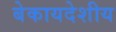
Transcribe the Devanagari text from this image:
बेकायदेशीय